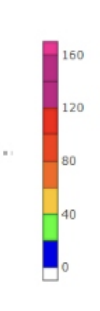
Blue: 0 to 20
Green: 20 to 40
Yellow: 40 to 60
Orange: 60 to 80
Dark Orange: 80 to 100
Red: 100 to 120
Magenta: 120 to 160
Pink: 160 to 170